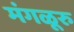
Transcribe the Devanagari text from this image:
मंगळूरु